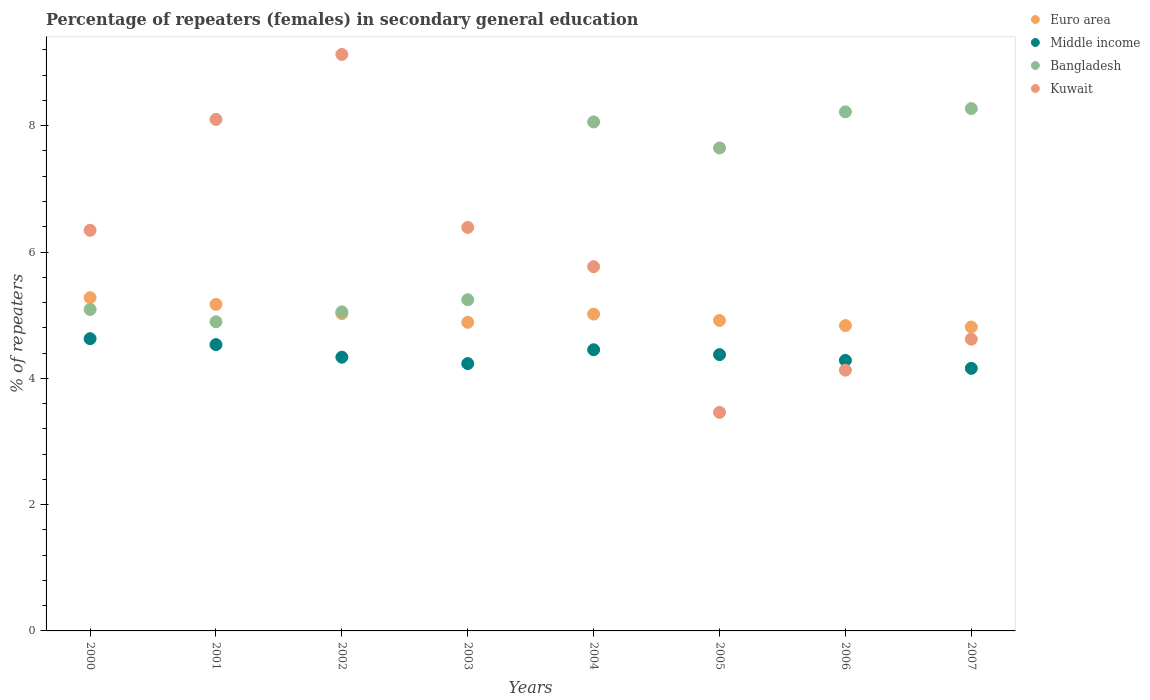
| Years | Euro area | Middle income | Bangladesh | Kuwait |
 | --- | --- | --- | --- | --- |
 | 2000 | 5.28 | 4.63 | 5.09 | 6.34 |
 | 2001 | 5.17 | 4.53 | 4.9 | 8.1 |
 | 2002 | 5.02 | 4.34 | 5.05 | 9.13 |
 | 2003 | 4.89 | 4.23 | 5.24 | 6.39 |
 | 2004 | 5.02 | 4.45 | 8.06 | 5.77 |
 | 2005 | 4.92 | 4.38 | 7.65 | 3.46 |
 | 2006 | 4.83 | 4.28 | 8.22 | 4.13 |
 | 2007 | 4.81 | 4.16 | 8.27 | 4.62 |